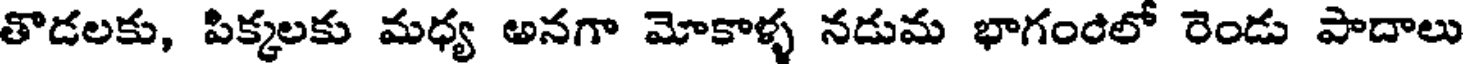
తొడలకు, పిక్కలకు మధ్య అనగా మోకాళ్ళ నడుమ భాగంరిలో రెండు పాదాలు